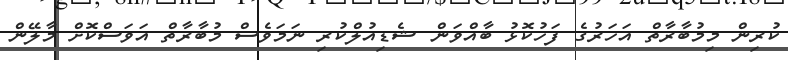
ކުރިން މިމުބާރާތް އަހަރުގެ ފަހުކޮޅު ބާއްވަން ޝެޑިއުލްކުރި ނަމަވެސް މުބާރާތް އަވަސްކޮށް މާލޭން